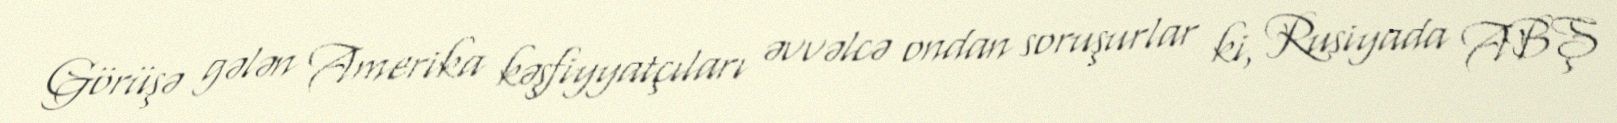
Görüşə gələn Amerika kəşfiyyatçıları əvvəlcə ondan soruşurlar ki, Rusiyada ABŞ